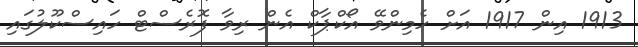
1913 އިން 1917 އަށް ހެމިންވޭ އޯކްޕާކް އެން ރިވާ ފޮރެސްޓް ހައިސްކޫލުގައި